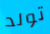
تولد